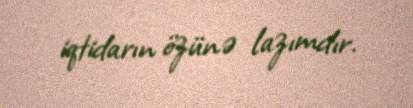
iqtidarın özünə lazımdır.